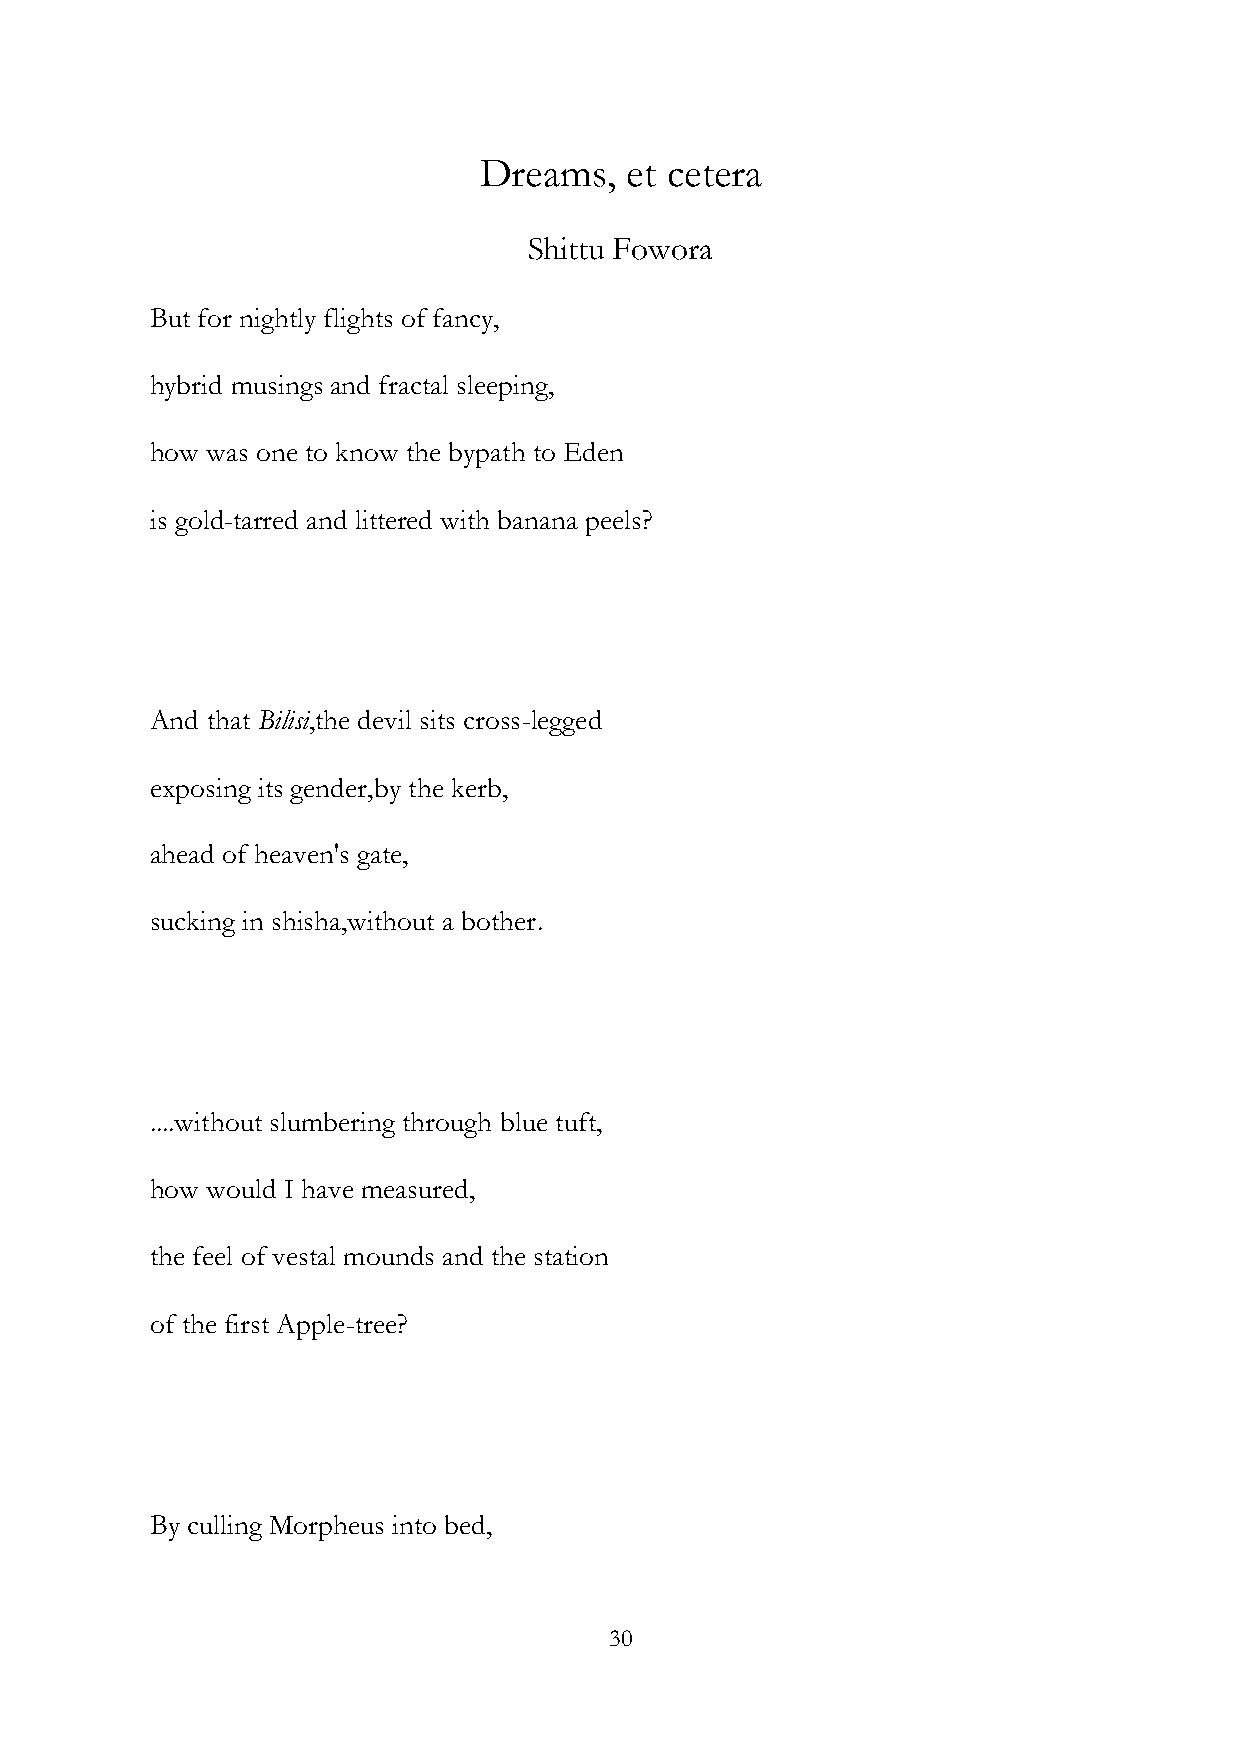
Dreams,  et cetera
 Shittu Fowora
 But for nightly flights of fancy,
 hybrid musings and fractal sleeping,
 how was one to know the bypath to Eden
 is gold-tarred and littered with banana peels?
 And that Bilisi,the devil sits cross-legged
 exposing its gender,by the kerb,
 ahead of heaven's gate,
 sucking in shisha,without a bother.
 ....without slumbering through blue tuft,
 how would I have measured,
 the feel of vestal mounds and the station
 of the first Apple-tree?
 By culling Morpheus into bed,
 30